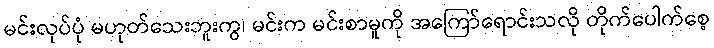
မင်းလုပ်ပုံ မဟုတ်သေးဘူးကွ၊ မင်းက မင်းစာမူကို အကြော်ရောင်းသလို တိုက်ပေါက်စေ့